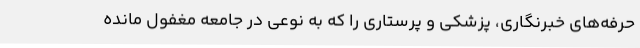
حرفه‌های خبرنگاری، پزشکی و پرستاری را که به نوعی در جامعه مغفول مانده